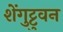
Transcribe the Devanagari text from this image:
शेंगुट्टुवन